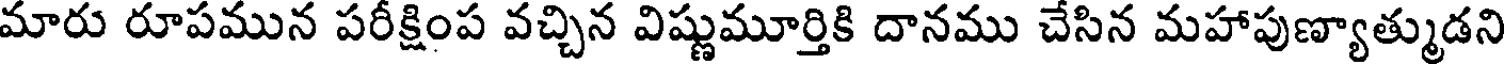
మారు రూపమున పరీక్షింప వచ్చిన విష్ణుమూర్తికి దానము చేసిన మహాపుణ్యాత్ముడని